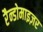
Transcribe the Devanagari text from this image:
रैन्डोमाइज़र